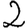
Digit: 2